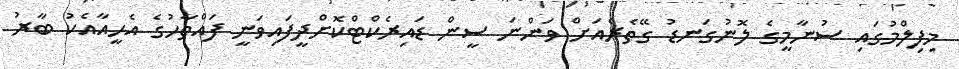
މިފިލްމުގައި ސުނާމީގެ ލޮނުގަނޑު ގޭތެރެއަށް ވަންނަ ސީން ޑައިރެކްޓްކޮށްދީފައިވަނީ ފައްތާހުގެ އެހީއާއެކު ބާރު